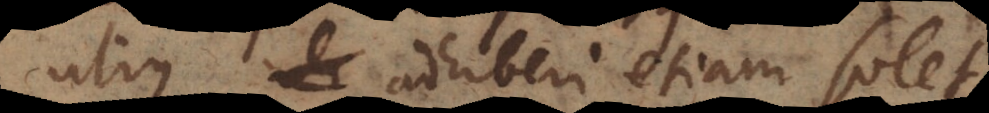
utique adhiberi etiam solet